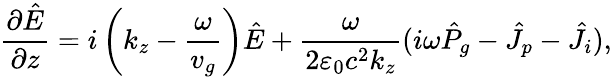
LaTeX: \frac{\partial\hat{E}}{\partial z}=i\left(k_{z}-\frac{\omega}{v_{g}}\right)\hat{E}+\frac{\omega}{2\varepsilon_{0}c^{2}k_{z}}(i\omega\hat{P}_{g}-\hat{J}_{p}-\hat{J}_{i}),